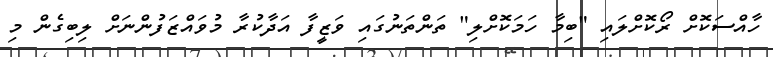
ހާއްސަކޮށް ރޯކޮށްލައި "ބިމާ ހަމަކޮށްލި" ތަންތަނުގައި ވަޒީފާ އަދާކުރާ މުވައްޒަފުންނަށް ލިބިގެން މި